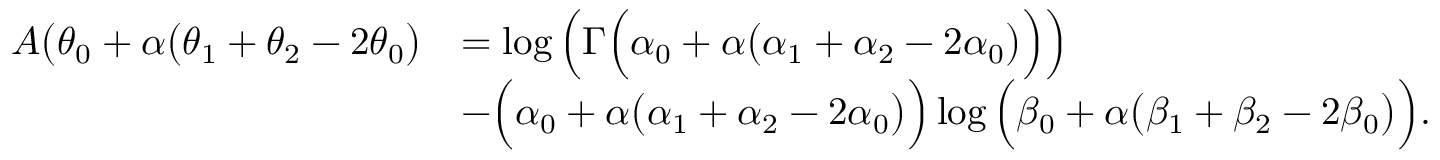
\begin{array} { r l } { A \big ( \theta _ { 0 } + \alpha \big ( \theta _ { 1 } + \theta _ { 2 } - 2 \theta _ { 0 } \big ) } & { = \log \Big ( \Gamma \Big ( \alpha _ { 0 } + \alpha \big ( \alpha _ { 1 } + \alpha _ { 2 } - 2 \alpha _ { 0 } \big ) \Big ) \Big ) } \\ & { - \Big ( \alpha _ { 0 } + \alpha \big ( \alpha _ { 1 } + \alpha _ { 2 } - 2 \alpha _ { 0 } \big ) \Big ) \log \Big ( \beta _ { 0 } + \alpha \big ( \beta _ { 1 } + \beta _ { 2 } - 2 \beta _ { 0 } \big ) \Big ) . } \end{array}